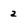
Character: 2